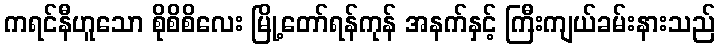
ကရင်နီဟူသော စိုစိစိလေး မြို့တော်ရန်ကုန် အနက်နှင့် ကြီးကျယ်ခမ်းနားသည်